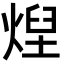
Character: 㷐